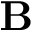
\mathbf { B }